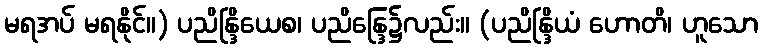
မရအပ် မရနိုင်။) ပညိန္ဒြိယေစ၊ ပညိန္ဒြေ၌လည်း။ (ပညိန္ဒြိယံ ဟောတိ၊ ဟူသော